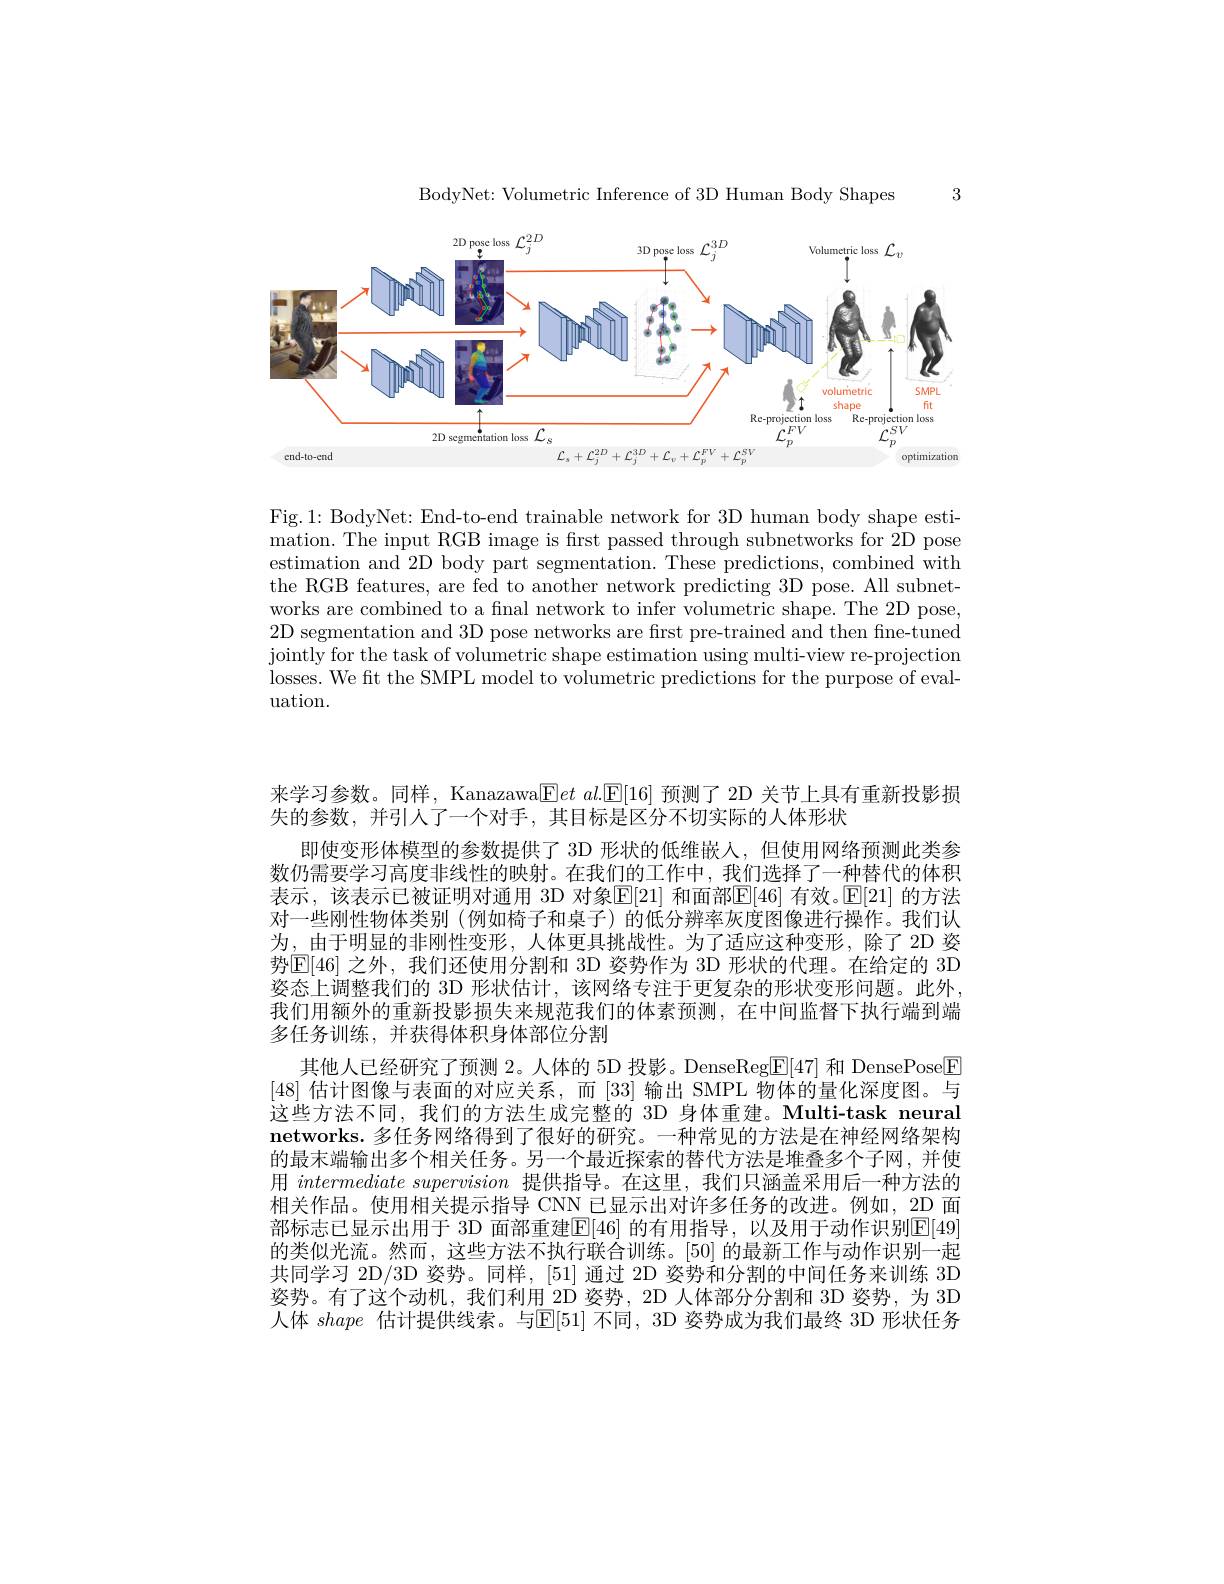
3

BodyNet: Volumetric Inference of 3D Human Body Shapes

<FigureHere>

Fig.1: BodyNet: End-to-end trainable network for 3D human body shape estimation. The input RGB image is first passed through subnetworks for 2D pose estimation and 2D body part segmentation. These predictions, combined with the RGB features, are fed to another network predicting 3D pose. All subnetworks are combined to a final network to infer volumetric shape. The 2D pose, 2D segmentation and 3D pose networks are first pre-trained and then fine-tuned jointly for the task of volumetric shape estimation using multi-view re-projection losses. We ft the SMPL model to volumetric predictions for the purpose of evaluation.

来学习参数。同样，Kanazawa$\boxed{\mathrm{E} }et\textit{al. [ E[ 16] 预 测 了 2D 关 节 上 具 有 重 新 投 影 损 }$
失的参数，并引人了一个对手，其目标是区分不切实际的人体形状
即使变形体模型的参数提供了 3D 形状的低维嵌人，但使用网络预测此类参数仍需要学习高度非线性的映射。在我们的工作中，我们选择了一种替代的体积表示，该表示已被证明对通用 3D 对象$\overline{\mathbb{E}}[21]$ 和面部$\underline{\mathbb{E}}[46]$ 有效。$\overline{\mathbb{E}}[21]$ 的方法对一些刚性物体类别 (例如椅子和桌子) 的低分辨率灰度图像进行操作。我们认为，由于明显的非刚性变形，人体更具挑战性。为了适应这种变形，除了2D 姿势$\boxed{\mathbb{E}}[46]$ 之外，我们还使用分割和 3D 姿势作为 3D 形状的代理。在给定的 3D 姿态上调整我们的 3D 形状估计，该网络专注于更复杂的形状变形问题。此外， 我们用额外的重新投影损失来规范我们的体素预测，在中间监督下执行端到端多任务训练，并获得体积身体部位分割
其他人已经研究了预测 2。人体的 5D 投影。DenseReg$\boxed{\mathrm{E}}[47]$和 DensePose$\boxed{\mathrm{F}}$ $[48\mid$估计图像与表面的对应关系，而$\lceil33\rceil$ 输出 SMPL 物体的量化深度图。与这些方法不同，我们的方法生成完整的 3D 身体重建。Multi-task neural networks.多任务网络得到了很好的研究。一种常见的方法是在神经网络架构的最末端输出多个相关任务。另一个最近探索的替代方法是堆叠多个子网，并使用intermediate supervision提供指导。在这里，我们只涵盖采用后一种方法的相关作品。使用相关提示指导 CNN 已显示出对许多任务的改进。例如，2D 面部标志已显示出用于 3D 面部重建$\overline{\mathbb{E}}[46]$ 的有用指导，以及用于动作识别$\mathbb{E}[49]$ 的类似光流。然而，这些方法不执行联合训练。[50] 的最新工作与动作识别一起共同学习 2D/3D 姿势。同样，[51] 通过 2D 姿势和分割的中间任务来训练 3D 姿势。有了这个动机，我们利用 2D 姿势，2D 人体部分分割和 3D 姿势，为 3D 人体shape估计提供线索。与$\mathbb{E}[51]$不同，3D 姿势成为我们最终 3D 形状任务